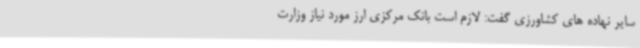
سایر نهاده های کشاورزی گفت: لازم است بانک مرکزی ارز مورد نیاز وزارت